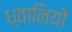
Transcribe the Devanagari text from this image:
ध्वानियों